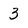
Character: 3